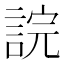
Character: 𧨎